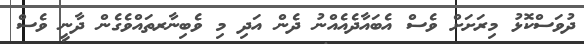
ދުވަސްކޮޅު މިރަށަށް ވެސް އެބައާދެއެއްނު ދެން އަދި މި ވެބިނާރތައްވެގެން ދާނީ ވެސް